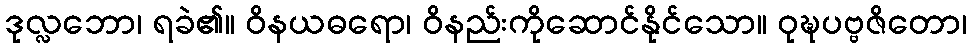
ဒုလ္လဘော၊ ရခဲ၏။ ဝိနယဓရော၊ ဝိနည်းကိုဆောင်နိုင်သော။ ဝုဍ္ဎပဗ္ဗဇိတော၊